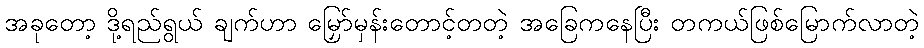
အခုတော့ ဒို့ရည်ရွယ် ချက်ဟာ မြှော်မှန်းတောင့်တတဲ့ အခြေကနေပြီး တကယ်ဖြစ်မြောက်လာတဲ့